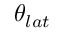
\theta _ { l a t }